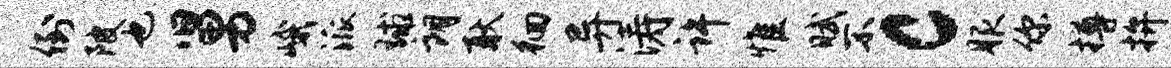
倒陂也舅峨派球朗耿徊异涛许惟赋不c服你樽拚